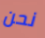
نحن